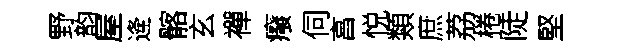
野韵屋逄髂玄襌癈伺亯悦類庶荔棬陡堅